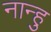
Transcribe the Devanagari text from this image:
नान्हु